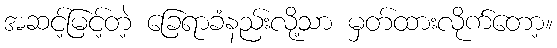
အဆင့်မြင့်တဲ့ ခြေရာခံနည်းလို့သာ မှတ်ထားလိုက်တော့။